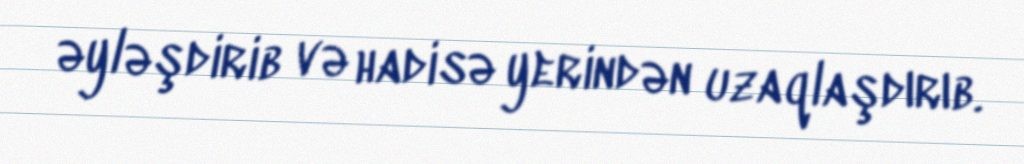
əyləşdirib və hadisə yerindən uzaqlaşdırıb.